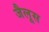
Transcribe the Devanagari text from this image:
जैलूस